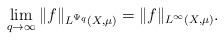
\begin{align*} \lim_{q\rightarrow\infty}\|f\|_{L^{\Psi_q}(X,\mu)}=\|f\|_{L^\infty(X,\mu)}.\end{align*}